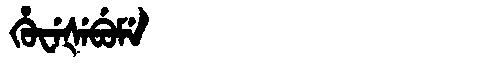
Manchu: ᡥᡠᠸᡝᡧᡝᠪᡠᠮᡝ
Romanization: HUWEŠEBUME